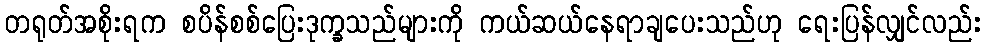
တရုတ်အစိုးရက စပိန်စစ်ပြေးဒုက္ခသည်များကို ကယ်ဆယ်နေရာချပေးသည်ဟု ရေးပြန်လျှင်လည်း